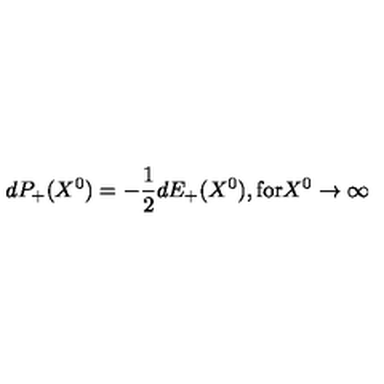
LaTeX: d P _ { + } ( X ^ { 0 } ) = - \frac { 1 } { 2 } d E _ { + } ( X ^ { 0 } ) , \mathrm { f o r } X ^ { 0 } \rightarrow \infty